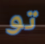
تو